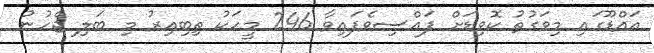
އައްޑޫގައި މިވަގުތު ކޮވިޑަށް ފައްސިވެފައިވާ 246 މީހަކު ތިބިއިރު މި ބަލި ޖެހުނު